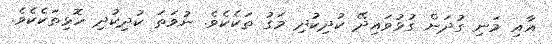
އާއި މަނި ގުދަން ގުޅުވައިދޭ ކުދިކުދި މަގު ތަކެކެވެ. ނުވަތަ ކުދިކުދި ހޮޅިތަކެކެވެ.